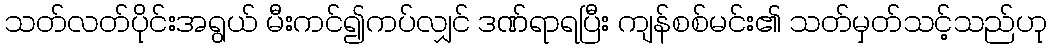
သတ်လတ်ပိုင်းအရွယ် မီးကင်၍ကပ်လျှင် ဒဏ်ရာရပြီး ကျန်စစ်မင်း၏ သတ်မှတ်သင့်သည်ဟု